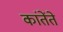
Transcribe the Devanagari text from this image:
कांतेंते